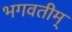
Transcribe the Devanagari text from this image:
भगवतीम्